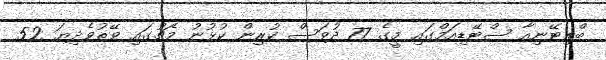
ބްރިޓޭނިއާ ސްޓޭޑިއަމްގައި މީގެ 77 ދުވަސް ކުރިން ކުޅުނު މެޗުގައި ވޭތުވެދިޔަ 52